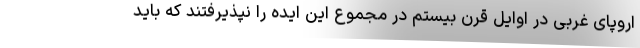
اروپای غربی در اوایل قرن بیستم در مجموع این ایده را نپذیرفتند که باید